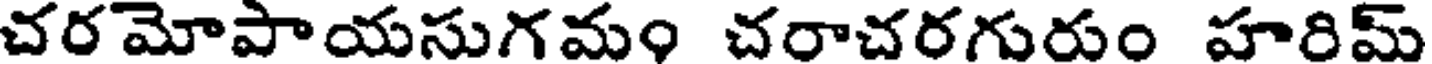
చరమోపాయసుగమం చరాచరగురుం హరిమ్